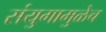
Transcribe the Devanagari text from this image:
संयुगामुळेच